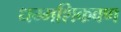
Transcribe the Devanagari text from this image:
धम्मशिकवण